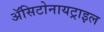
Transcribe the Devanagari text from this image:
ॲसिटोनायट्राइल